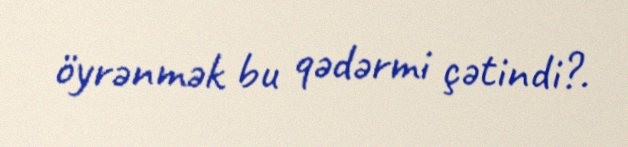
öyrənmək bu qədərmi çətindi?.